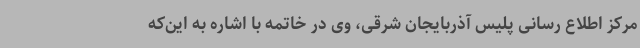
مرکز اطلاع رسانی پلیس آذربایجان شرقی، وی در خاتمه با اشاره به این‌که